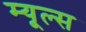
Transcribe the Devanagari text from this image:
म्यूल्स